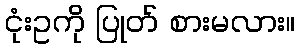
ငုံးဥကို ပြုတ် စားမလား။